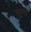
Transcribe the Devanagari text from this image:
स्पून्स